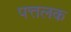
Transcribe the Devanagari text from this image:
पत्तलक